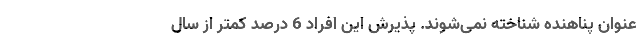
عنوان پناهنده شناخته نمی‌شوند. پذیرش این افراد 6 درصد کمتر از سال